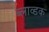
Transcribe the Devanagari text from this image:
ब्लाव्डक